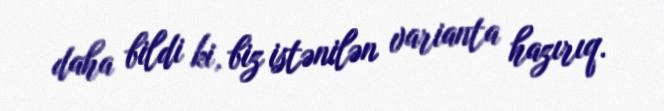
daha bildi ki, biz istənilən varianta hazırıq.